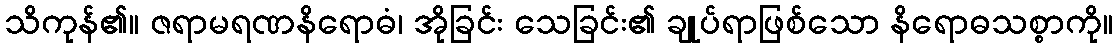
သိကုန်၏။ ဇရာမရဏနိရောဓံ၊ အိုခြင်း သေခြင်း၏ ချုပ်ရာဖြစ်သော နိရောဓသစ္စာကို။